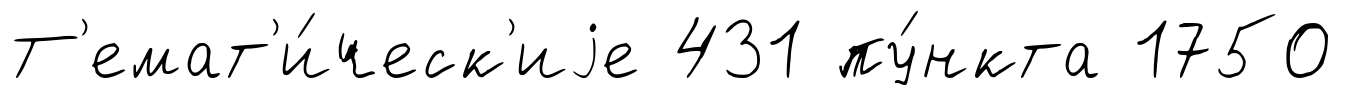
Т'емат'и́ческ'иjе 431 пу́нкта 1750